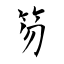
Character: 笏